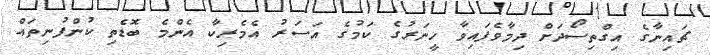
ޗައިނާގެ އިގްތިސޯދަށް ދިމާވެފައިވާ ހީނަރުގެ ކަމުގެ އަސަރު އެމެރިކާ އެންމެ ބޮޑެތި ކުންފުނިތައް